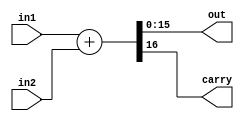
module adder_CZ(in1, in2 , out, carry);
	
	output [15:0] out;
	output        carry;
	
	input  [15:0] in1, in2;
	
	wire   [16:0] outTemp;

	assign outTemp = in1 + in2;
	assign out     = outTemp[15:0];
	assign carry   = outTemp[16];
	
endmodule